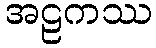
အဠကဿ